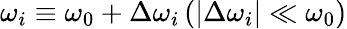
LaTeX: \omega_{i}\equiv\omega_{0}+\Delta\omega_{i}\, (|\Delta\omega_{i}|\ll\omega_{0})